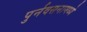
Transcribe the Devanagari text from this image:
पुर्नवसनामध्ये